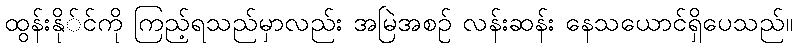
ထွန်းနို်င်ကို ကြည့်ရသည်မှာလည်း အမြဲအစဉ် လန်းဆန်း နေသယောင်ရှိပေသည်။